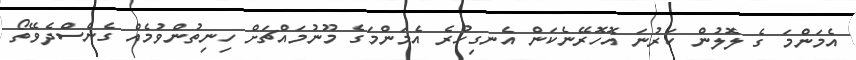
އެމަންމަ ގެ ލޮލުން ކަރުނަ އޮހޮރޭނެކަން އެނގިހުރެ އެމަންމަގެ މޫނުމައްޗަށް ހިނިތުންވުމެއް ގެނެސްދެވޭތޯ